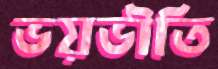
ভয়ভীতি